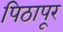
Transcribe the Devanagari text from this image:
पिठापूर